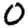
Digit: 0